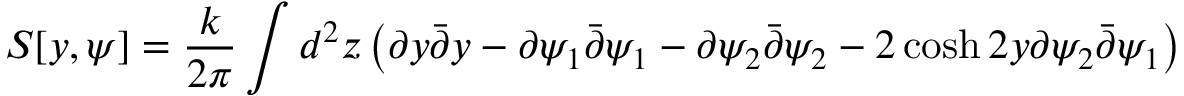
S [ y , \psi ] = \frac { k } { 2 \pi } \int d ^ { 2 } z \left( \partial y \bar { \partial } y - \partial \psi _ { 1 } \bar { \partial } \psi _ { 1 } - \partial \psi _ { 2 } \bar { \partial } \psi _ { 2 } - 2 \cosh { 2 y } \partial \psi _ { 2 } \bar { \partial } \psi _ { 1 } \right)